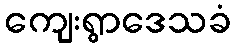
ကျေးရွာဒေသခံ